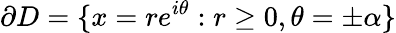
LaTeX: \partial D=\{ x=re^{i\theta}:r\geq 0,\theta=\pm\alpha\}